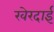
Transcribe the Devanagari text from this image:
खेरदाई